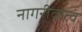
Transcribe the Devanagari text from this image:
नागरीकत्व